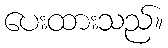
ပေးထားသည်။